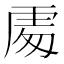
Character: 𠁅